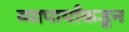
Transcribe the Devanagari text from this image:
व्यापार्यांकडून